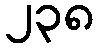
၂၃၈